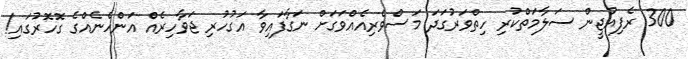
300 ރެފިއުޖީން ސަލާމަތްކުރި ހިތްވަރުގަދަ މަސްވެރިއެއްވަގަށް ނަގާފައިވާ އަގުހުރި ޖަވާހިރެއް އަންހެނެއްގެ ގޮހޮރުގައި!